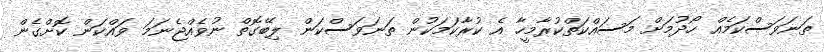
ތަނަވަސްކަމެއް ހޯދުމަށް މަސައްކަތްކުރާމީހާ އެ ކުރާކަމަކުން ތަނަވަސްކަން ލިބޭގޮތް ނުވެއްޖެނަމަ ވައްކަން ކޮށްގެން